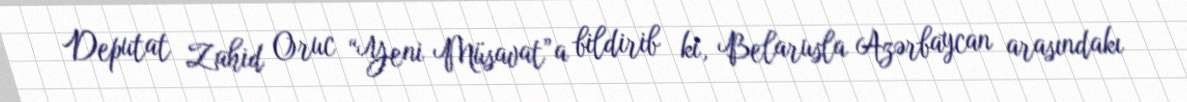
Deputat Zahid Oruc “Yeni Müsavat”a bildirib ki, Belarusla Azərbaycan arasındakı